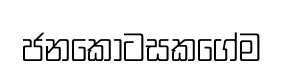
ජනකොටසකගේම